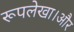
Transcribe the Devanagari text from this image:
रूपलेखा।और